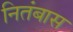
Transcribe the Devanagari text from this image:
नितंबास